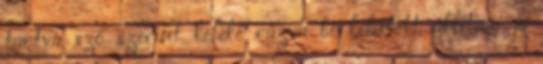
tartva szó szerint lefelé rázva be lehetett állítani a